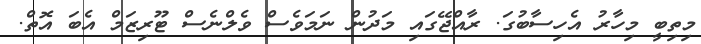
މިތިބީ މިހާރު އެހިސާބުގަ. ރާއްޖޭގައި މަދުން ނަމަވެސް ވެލްނެސް ޓޫރިޒަމް އެބަ އޮތް.